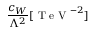
\frac { c _ { W } } { \Lambda ^ { 2 } } [ \mathrm { ~ T ~ e ~ V ~ } ^ { - 2 } ]